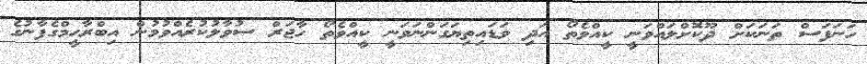
ހަނަފަސް ތަނަކަށް ދޫކޮށްލައްވަނީ ކީއްވެތޯ އަދި ވަޑައިތިޔަގަންނަވަނީ ކީއްވެތޯ ހާޖަރް ސުވާލުކުރެއްވުމުން އިބްރާހީމްގެފާނުގެ